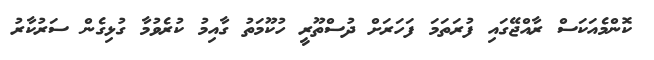
ކޮންމެއަކަސް ރާއްޖޭގައި ފުރަތަމަ ފަހަރަށް ދުސްތޫރީ ހުކޫމަތު ގާއިމު ކުރެވުމާ ގުޅިގެން ސަރުކާރު